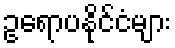
ဥရောပနိုင်ငံများ